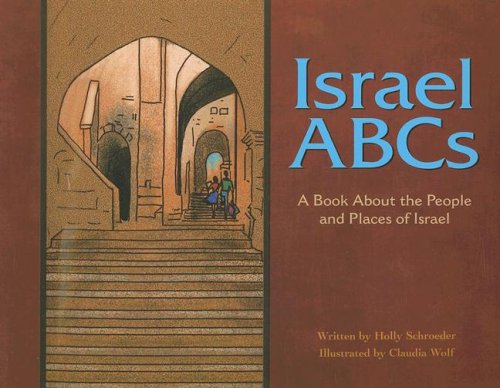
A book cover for Israel ABCs: A Book About the People and Places of Israel (Country ABCs); Holly Schroeder; Children's Books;